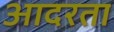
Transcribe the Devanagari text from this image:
आदरता